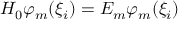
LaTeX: H _ { 0 } \varphi _ { m } ( \xi _ { i } ) = { \cal E } _ { m } \varphi _ { m } ( \xi _ { i } )